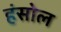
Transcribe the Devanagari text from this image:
हंसोल